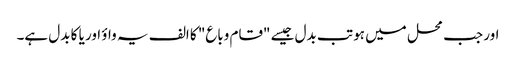
اور جب محل میں ہو تب بدل جیسے "قام وباع" کا الف یہ واؤ اور یا کا بدل ہے۔